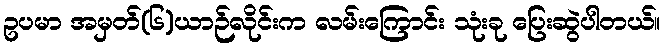
ဥပမာ အမှတ်(၆)ယာဉ်လိုင်းက လမ်းကြောင်း သုံးခု ပြေးဆွဲပါတယ်။